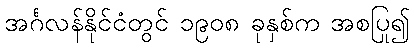
အင်္ဂလန်နိုင်ငံတွင် ၁၉၀၈ ခုနှစ်က အစပြု၍